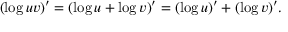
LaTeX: ( \log u v ) ^ { \prime } = ( \log u + \log v ) ^ { \prime } = ( \log u ) ^ { \prime } + ( \log v ) ^ { \prime } .